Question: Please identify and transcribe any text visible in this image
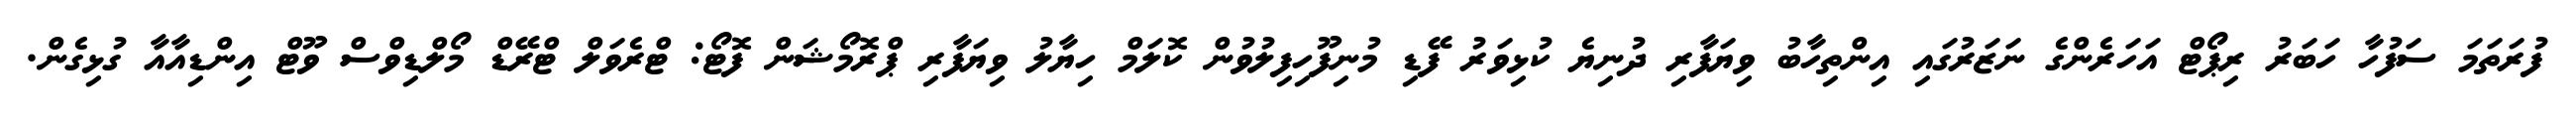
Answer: ފުރަތަމަ ސަފުހާ ހަބަރު ރިޕޯޓް އަހަރެންގެ ނަޒަރުގައި އިންތިހާބު ވިޔަފާރި ދުނިޔެ ކުޅިވަރު ފޭޑި މުނިފޫހިފިލުވުން ކޮލަމް ހިޔާލު ވިޔަފާރި ޕްރޮމޯޝަން ފޮޓޯ: ޓްރެވަލް ޓްރޭޑް މޯލްޑިވްސް ވޫޓް އިންޑިއާއާ ގުޅިގެން.